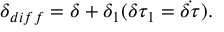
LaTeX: \delta _ { d i f f } = \delta + \delta _ { 1 } ( \delta \tau _ { 1 } = \dot { \delta \tau } ) .